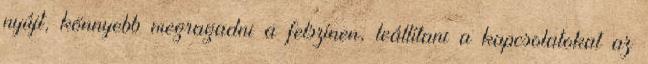
nyújt, könnyebb megragadni a felszínen, leállítani a kapcsolatokat az